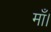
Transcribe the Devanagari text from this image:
माँ।